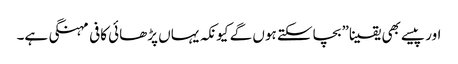
اور پیسے بھی یقینا” بچاسکتے ہوں گے کیونکہ یہاں پڑھائی کافی مہنگی ہے۔